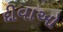
દીવાઓ